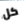
كل